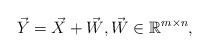
LaTeX: \begin{align*}\vec{Y} = \vec{X}+\vec{W}, \vec{W} \in \mathbb{R}^{m \times n},\end{align*}